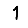
Digit: 1